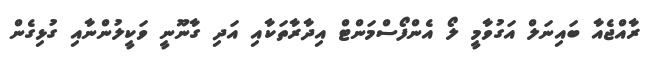
ރާއްޖެއާ ބައިނަލް އަގުވާމީ ލޯ އެންފޯސްމަންޓް އިދާރާތަކާއި އަދި ގާނޫނީ ވަކީލުންނާއި ގުޅިގެން